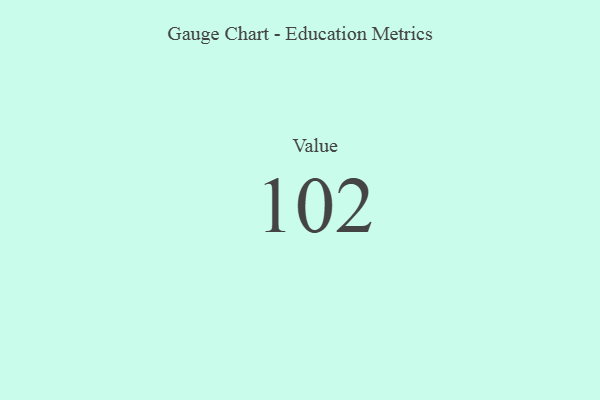
{"axis": {"x": "Metric", "y": "Value"}, "legend": [""], "data": [{"x": "Value", "y": 102, "type": ""}]}